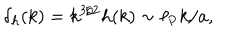
LaTeX: \delta _ { h } ( k ) = k ^ { 3 / 2 } h ( k ) \sim \ell _ { \mathrm { P } } k / a ,